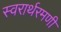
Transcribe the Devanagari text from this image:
स्वरार्थरमणी